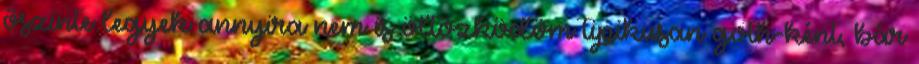
őszinte legyek annyira nem is öltözködöm tipikusan goth-ként, bár